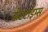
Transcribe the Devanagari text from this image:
सेंटटाइम्स